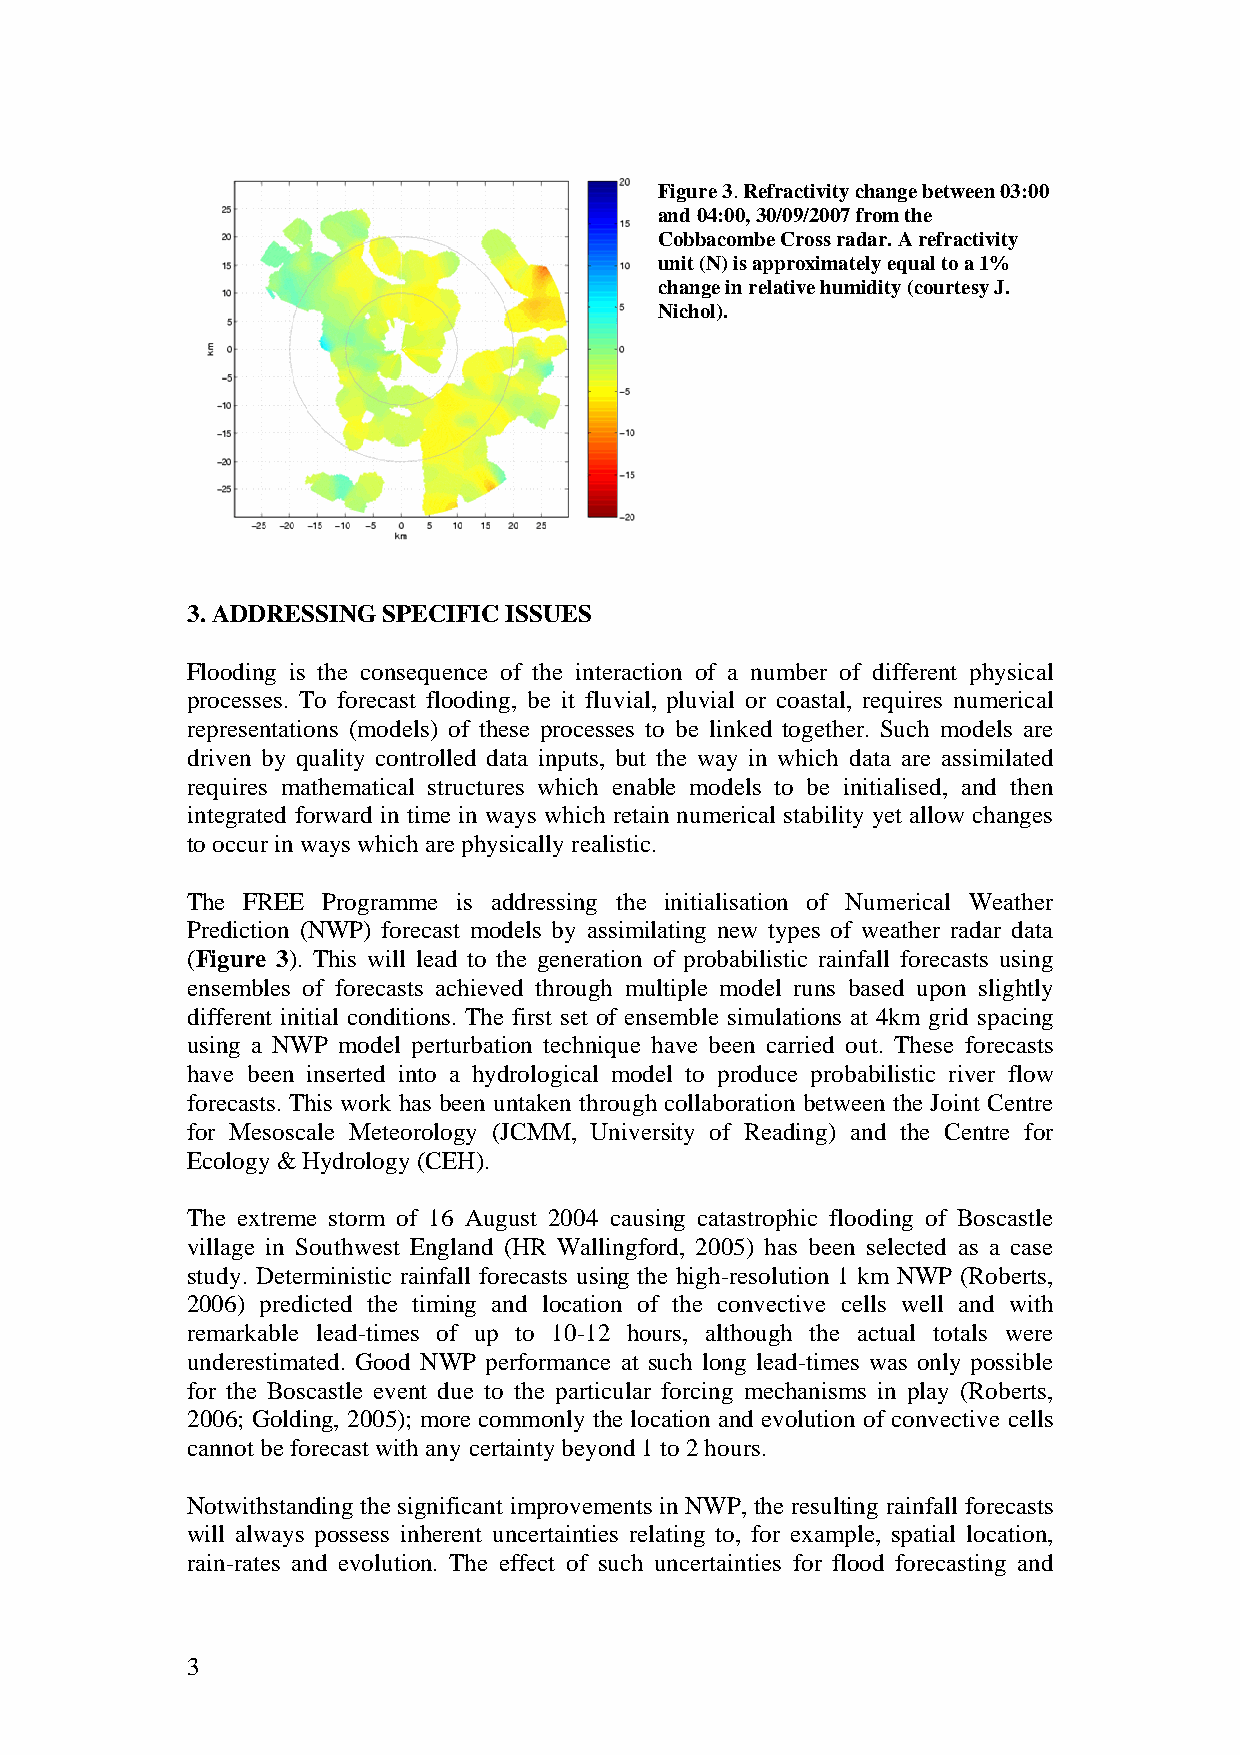
Figure 3. Refractivity change between 03:00
 and 04:00, 30/09/2007 from the
 Cobbacombe Cross radar. A refractivity
 unit (N) is approximately equal to a 1%
 change in relative humidity (courtesy J.
 Nichol).
 3. ADDRESSING SPECIFIC ISSUES
 Flooding is the consequence of the interaction of a number of different physical
 processes. To forecast flooding, be it fluvial, pluvial or coastal, requires numerical
 representations (models) of these processes to be linked together. Such models are
 driven by quality controlled data inputs, but the way in which data are assimilated
 requires mathematical structures which enable models to be initialised, and then
 integrated forward in time in ways which retain numerical stability yet allow changes
 to occur in ways which are physically realistic.
 The FREE Programme is addressing the initialisation of Numerical Weather
 Prediction (NWP) forecast models by assimilating new types of weather radar data
 (Figure 3). This will lead to the generation of probabilistic rainfall forecasts using
 ensembles of forecasts achieved through multiple model runs based upon slightly
 different initial conditions. The first set of ensemble simulations at 4km grid spacing
 using a NWP model perturbation technique have been carried out. These forecasts
 have been inserted into a hydrological model to produce probabilistic river flow
 forecasts. This work has been untaken through collaboration between the Joint Centre
 for Mesoscale Meteorology (JCMM, University of Reading) and the Centre for
 Ecology & Hydrology (CEH).
 The extreme storm of 16 August 2004 causing catastrophic flooding of Boscastle
 village in Southwest England (HR Wallingford, 2005) has been selected as a case
 study. Deterministic rainfall forecasts using the high-resolution 1 km NWP (Roberts,
 2006) predicted the timing and location of the convective cells well and with
 remarkable lead-times of up to 10-12 hours, although the actual totals were
 underestimated. Good NWP performance at such long lead-times was only possible
 for the Boscastle event due to the particular forcing mechanisms in play (Roberts,
 2006; Golding, 2005); more commonly the location and evolution of convective cells
 cannot be forecast with any certainty beyond 1 to 2 hours.
 Notwithstanding the significant improvements in NWP, the resulting rainfall forecasts
 will always possess inherent uncertainties relating to, for example, spatial location,
 rain-rates and evolution. The effect of such uncertainties for flood forecasting and
 3